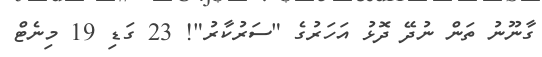
ގާނޫނު ތަން ނުދޭ ދޮޅު އަހަރުގެ "ސަރުކާރު"! 23 ގަޑި 19 މިނެޓް